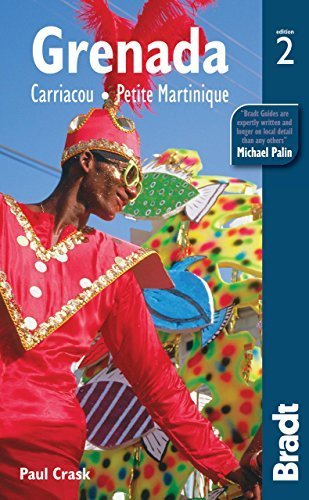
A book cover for Grenada (Bradt Travel Guide) by Crask, Paul (2012) Paperback; Paul Crask; Travel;